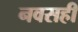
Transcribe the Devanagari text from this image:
नवसही